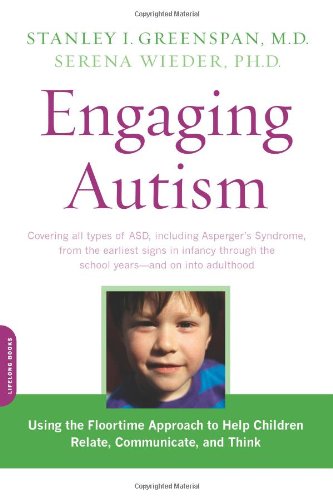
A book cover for Engaging Autism: Using the Floortime Approach to Help Children Relate, Communicate, and Think (A Merloyd Lawrence Book); Stanley I. Greenspan; Parenting & Relationships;